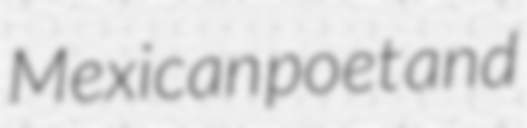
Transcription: Mexican poet and